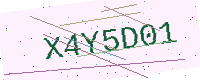
Text: X4Y5D01